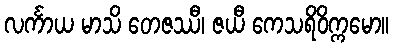
လင်္ကာယ မာသိ တေဇဿီ၊ ဇယီ ကေသရိဝိက္ကမော။